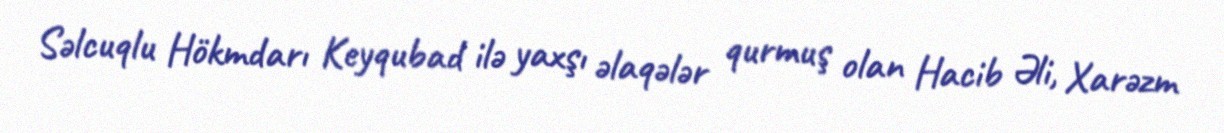
Səlcuqlu Hökmdarı Keyqubad ilə yaxşı əlaqələr qurmuş olan Hacib Əli, Xarəzm